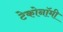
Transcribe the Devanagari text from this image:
टेकोनॉमी